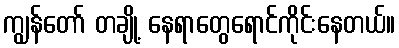
ကျွန်တော် တချို့ နေရာတွေရောင်ကိုင်းနေတယ်။